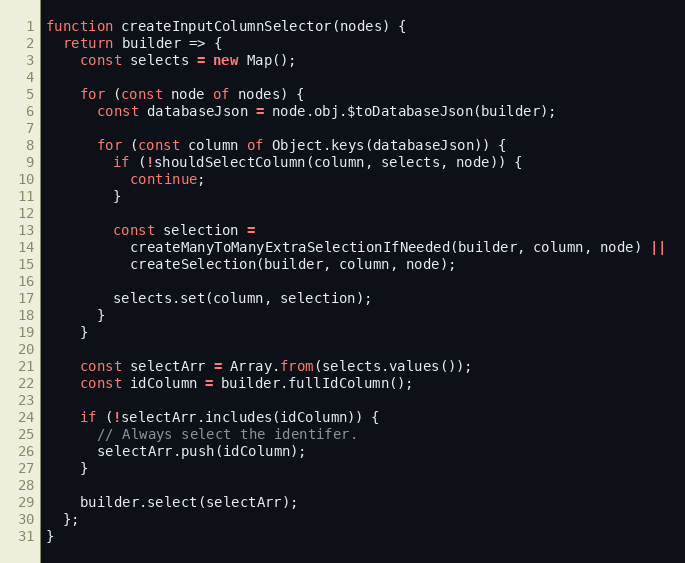
Language: JavaScript
function createInputColumnSelector(nodes) {
  return builder => {
    const selects = new Map();

    for (const node of nodes) {
      const databaseJson = node.obj.$toDatabaseJson(builder);

      for (const column of Object.keys(databaseJson)) {
        if (!shouldSelectColumn(column, selects, node)) {
          continue;
        }

        const selection =
          createManyToManyExtraSelectionIfNeeded(builder, column, node) ||
          createSelection(builder, column, node);

        selects.set(column, selection);
      }
    }

    const selectArr = Array.from(selects.values());
    const idColumn = builder.fullIdColumn();

    if (!selectArr.includes(idColumn)) {
      // Always select the identifer.
      selectArr.push(idColumn);
    }

    builder.select(selectArr);
  };
}